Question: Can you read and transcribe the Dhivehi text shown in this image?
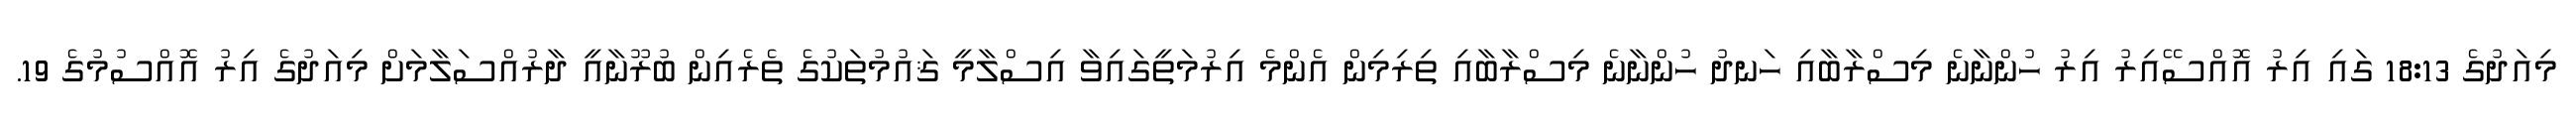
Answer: މިއަދުގެ 18:13 ގައި އިރު އޮއްސޭއިރު އިރު ހުންނާނެ މިސްރާބާއި ހަނދު ހުންނާނެ މިސްރާބާއި ތިރިމިން އެންމެ އިރުމަތީގައިވާ އިސްލާމީ ޤައުމުތަކުގެ ތެރެއިން ބުރޫނާއީ ދާރުއްސަލާމަށް މިއަދުގެ އިރު އޮއްސުމުގެ 19.